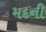
મદની